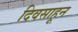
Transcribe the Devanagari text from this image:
दिवसाहून